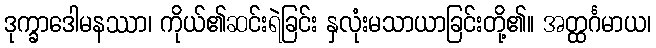
ဒုက္ခာဒေါမနဿာ၊ ကိုယ်၏ဆင်းရဲခြင်း နှလုံးမသာယာခြင်းတို့၏။ အတ္ထင်္ဂမာယ၊